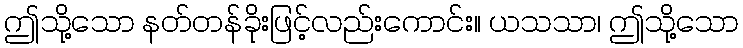
ဤသို့သော နတ်တန်ခိုးဖြင့်လည်းကောင်း။ ယသသာ၊ ဤသို့သော